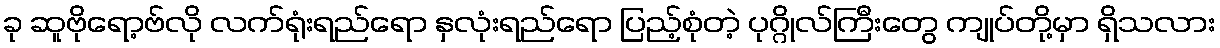
ခု ဆူဗိုရော့ဗ်လို လက်ရုံးရည်ရော နှလုံးရည်ရော ပြည့်စုံတဲ့ ပုဂ္ဂိုလ်ကြီးတွေ ကျုပ်တို့မှာ ရှိသလား